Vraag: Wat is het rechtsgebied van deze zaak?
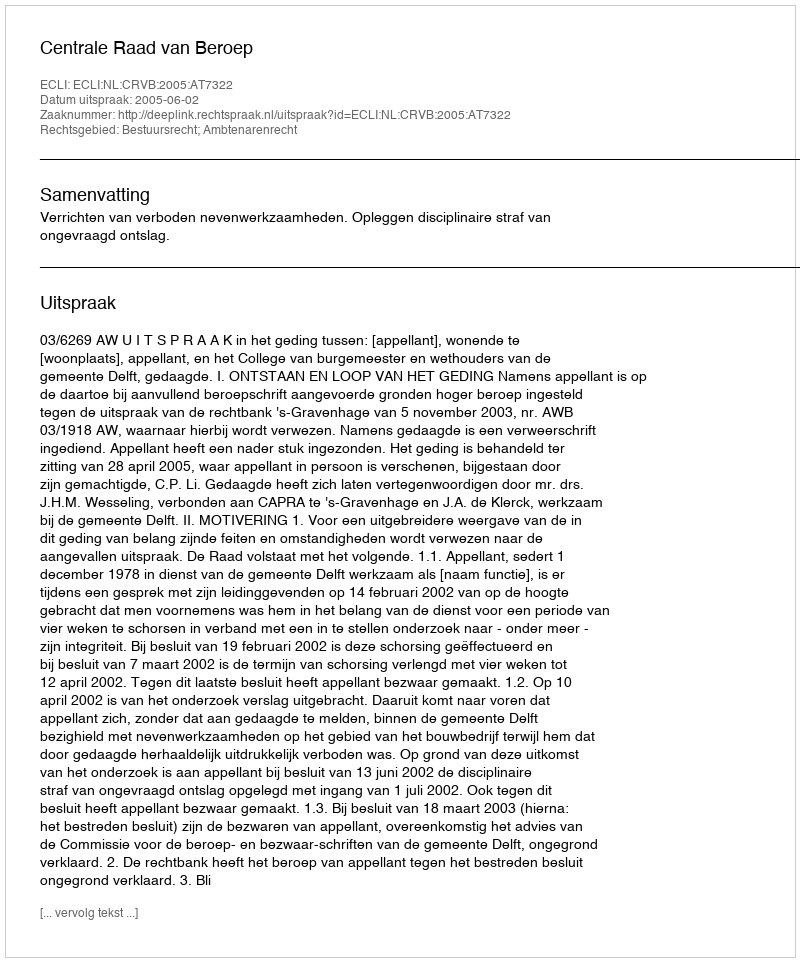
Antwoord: Bestuursrecht; Ambtenarenrecht